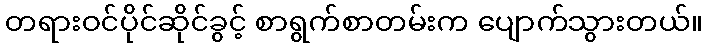
တရားဝင်ပိုင်ဆိုင်ခွင့် စာရွက်စာတမ်းက ပျောက်သွားတယ်။